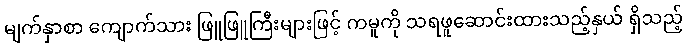
မျက်နှာစာ ကျောက်သား ဖြူဖြူကြီးများဖြင့် ကမူကို သရဖူဆောင်းထားသည့်နှယ် ရှိသည့်